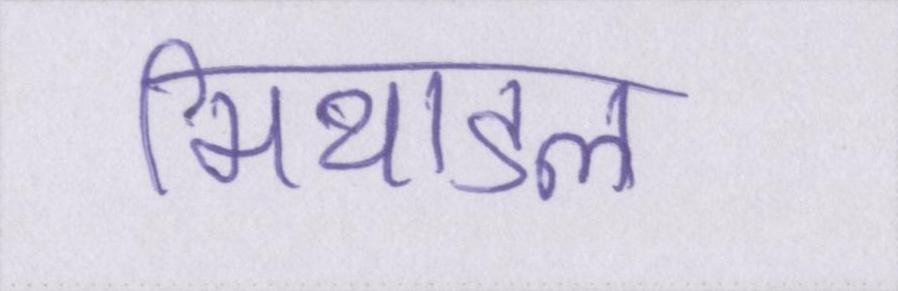
मिथाइल